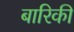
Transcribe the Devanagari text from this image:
बारिकी